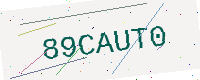
Text: 89CAUT0